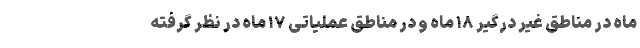
ماه در مناطق غیر درگیر ۱۸ ماه و در مناطق عملیاتی ۱۷ ماه در نظر گرفته